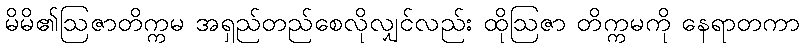
မိမိ၏ဩဇာတိက္ကမ အရှည်တည်စေလိုလျှင်လည်း ထိုဩဇာ တိက္ကမကို နေရာတကာ